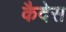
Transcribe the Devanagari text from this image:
कैदेस